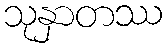
သုနှာတဿ